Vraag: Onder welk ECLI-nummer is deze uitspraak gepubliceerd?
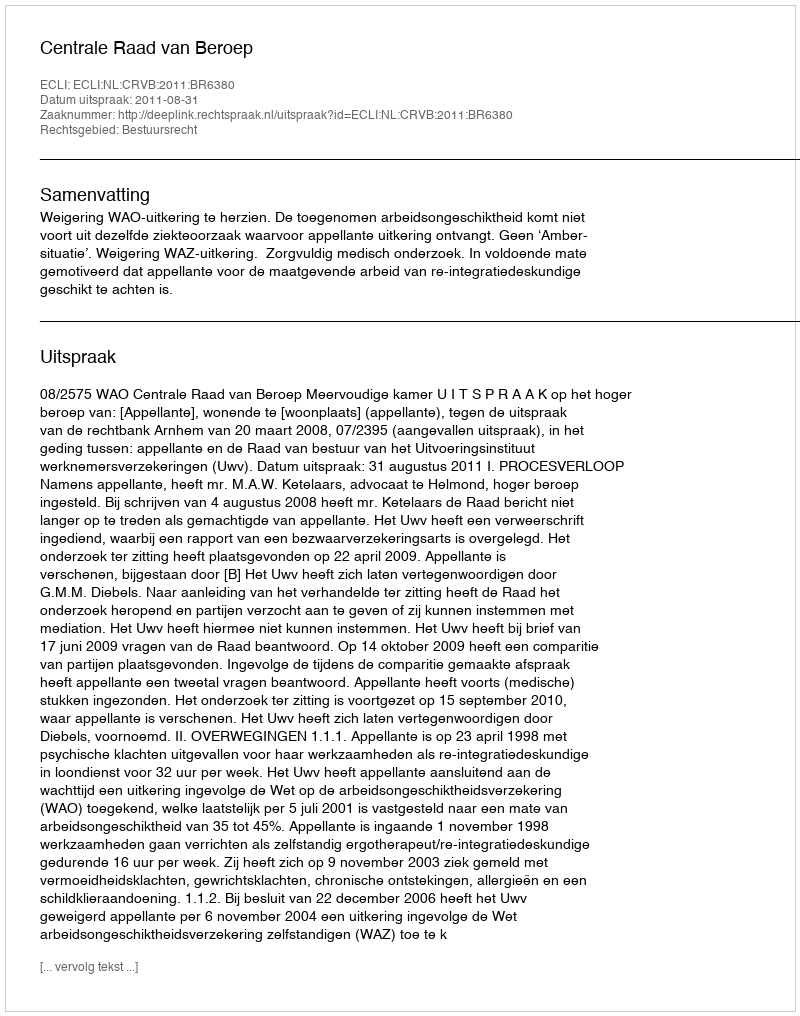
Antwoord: ECLI:NL:CRVB:2011:BR6380